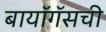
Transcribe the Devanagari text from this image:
बायॉगॅसची